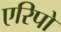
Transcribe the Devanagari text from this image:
एरिपो